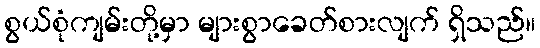
စွယ်စုံကျမ်းတို့မှာ များစွာခေတ်စားလျက် ရှိသည်။